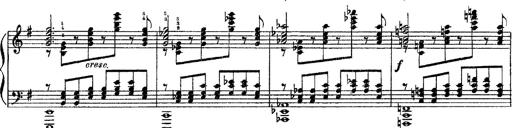
Title: 3 sonetti di Petrarca
Composer: Franz Liszt